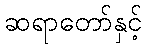
ဆရာတော်နှင့်